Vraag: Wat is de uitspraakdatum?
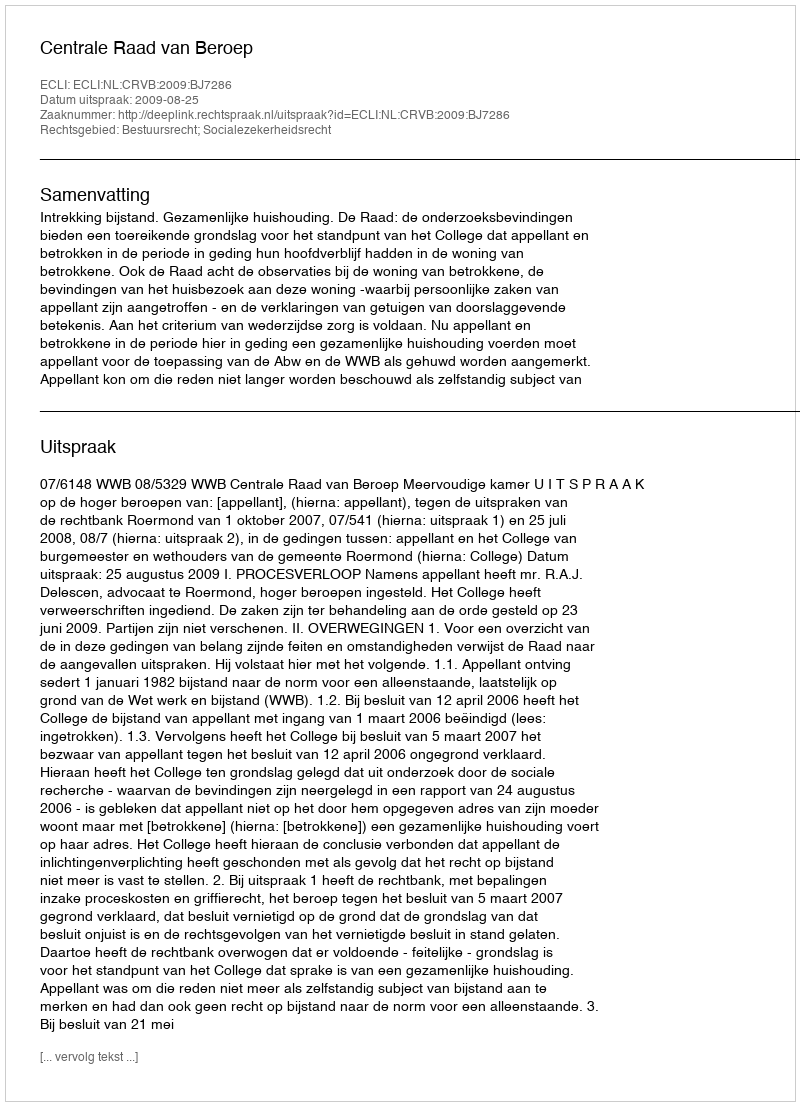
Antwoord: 2009-08-25